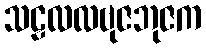
သဠလလဗုဇဘုဇက